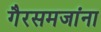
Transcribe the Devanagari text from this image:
गैरसमजांना